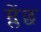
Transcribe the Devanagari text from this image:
म्लेंछ